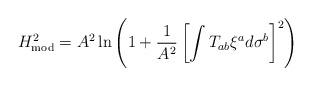
LaTeX: \begin{align*}H^2_{\rm mod} = A^2 \ln \left(1 + {1 \over A^2} \left[ \int T_{ab} \xi^a d \sigma^b \right]^2 \right)\end{align*}